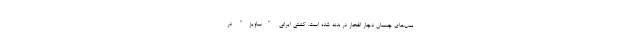
بمب‌های چسبان دچار انفجار در بدنه شده است. کشتی ایرانی "ساویز" در